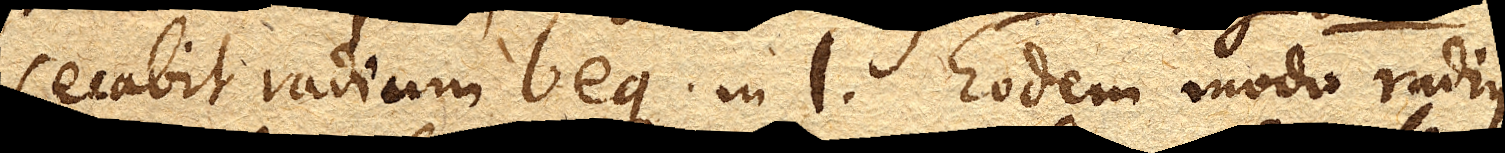
secabit radium beg. in l. Eodem modo radius